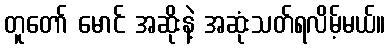
တူတော် မောင် အဆိုးနဲ့ အဆုံးသတ်ရလိမ့်မယ်။